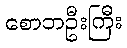
စောဘဦးကြီး